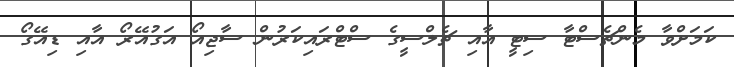
ކަމަށްވާ މެންޗެސްޓާ ސިޓީ އާއި ޗެލްސީގެ ސްޓްރައިކަރުން ސާޖިއޯ އަގުއޭރޯ އާއި ޑިއޭގޯ